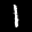
Label: 1